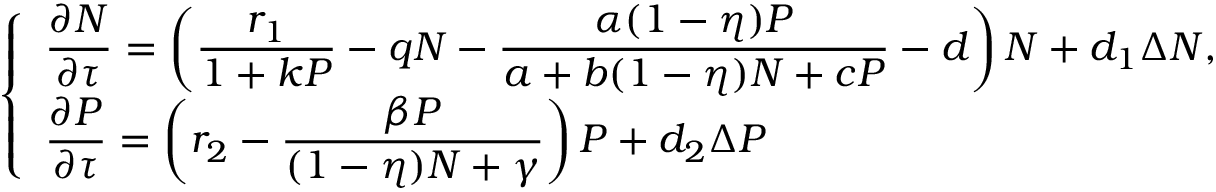
\left\{ \begin{array} { l l } { \displaystyle \frac { \partial N } { \partial \tau } = \left( \displaystyle \frac { r _ { 1 } } { 1 + k P } - q N - \displaystyle \frac { \alpha ( 1 - \eta ) P } { a + b ( 1 - \eta ) N + c P } - d \right) N + d _ { 1 } \Delta N , } \\ { \displaystyle \frac { \partial P } { \partial \tau } = \left( r _ { 2 } - \displaystyle \frac { \beta P } { ( 1 - \eta ) N + \gamma } \right) P + d _ { 2 } \Delta P } \end{array} \right.